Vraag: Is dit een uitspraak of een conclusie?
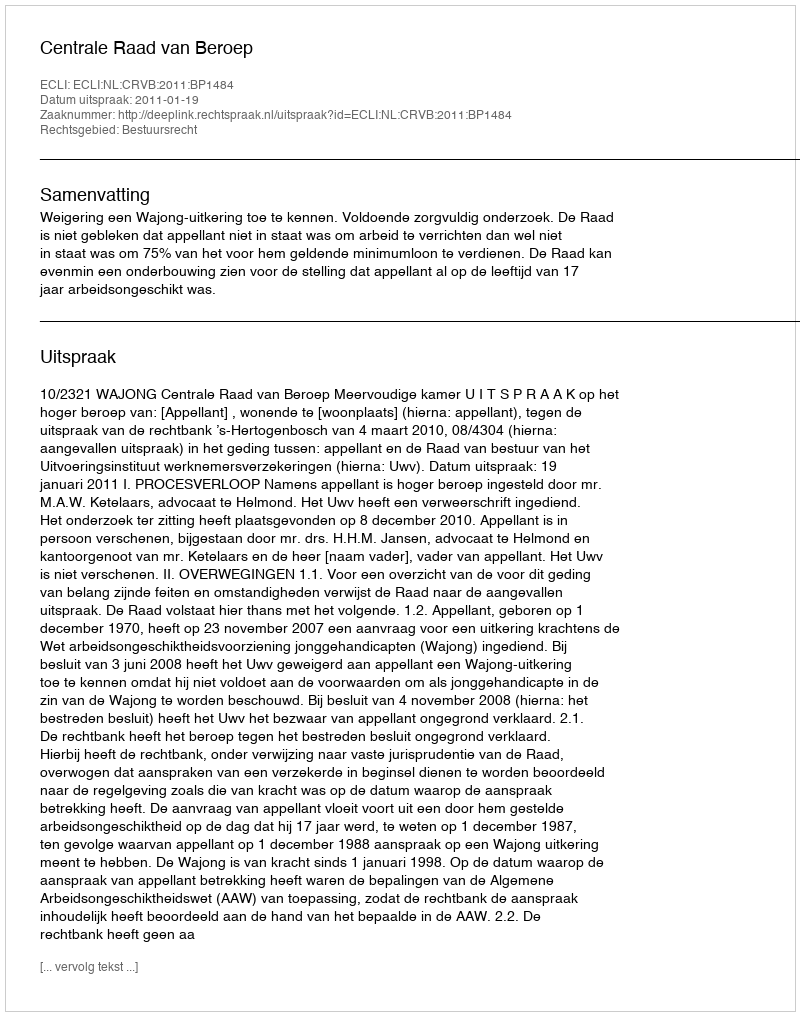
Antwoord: Uitspraak